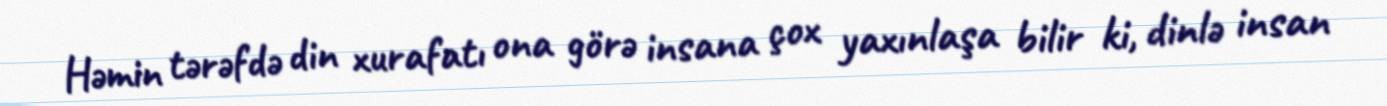
Həmin tərəfdə din xurafatı ona görə insana çox yaxınlaşa bilir ki, dinlə insan